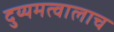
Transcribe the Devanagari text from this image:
दुय्यमत्वालाच